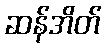
ဆန်အိတ်